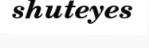
shuteyes